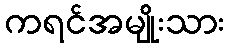
ကရင်အမျိုးသား